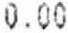
0.00